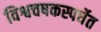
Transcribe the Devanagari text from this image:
विश्वचषकस्पर्धेत